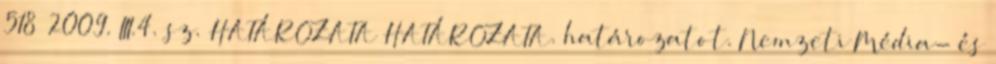
518 2009. III.4. sz. HATÁROZATA HATÁROZATA. határozatot. Nemzeti Média- és